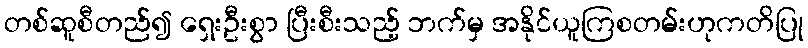
တစ်ဆူစီတည်၍ ရှေးဦးစွာ ပြီးစီးသည့် ဘက်မှ အနိုင်ယူကြစတမ်းဟုကတိပြု